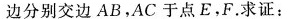
边分别交边AB，AC于点E.F。求证：